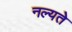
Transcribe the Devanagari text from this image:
नल्यते